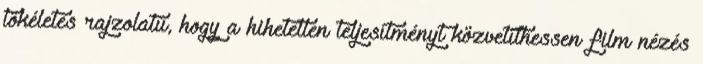
tökéletes rajzolatú, hogy a hihetetlen teljesítményt közvetíthessen film nézés